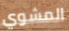
المشوي